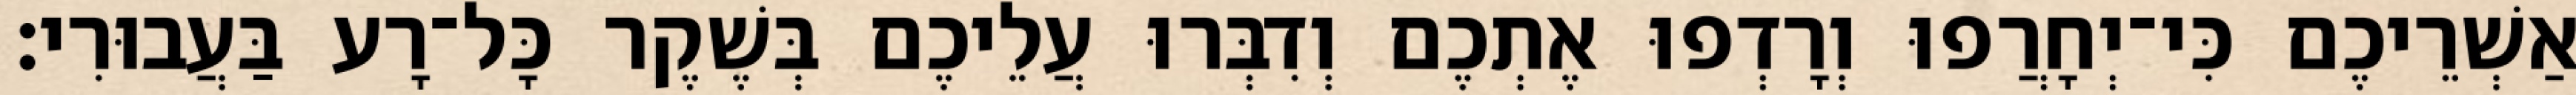
אַשְׁרֵיכֶם כִּי־יְחָרֲפוּ וְרָדְפוּ אֶתְכֶם וְדִבְּרוּ עֲלֵיכֶם בְּשֶׁקֶר כָּל־רָע בַּעֲבוּרִי׃